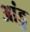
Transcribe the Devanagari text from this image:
आंडु